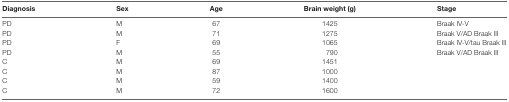
<table><thead><tr><td><b>Diagnosis</b></td><td><b>Sex</b></td><td><b>Age</b></td><td><b>Brain weight (g)</b></td><td><b>Stage</b></td></tr></thead><tbody><tr><td>PD</td><td>M</td><td>67</td><td>1425</td><td>Braak IV-V</td></tr><tr><td>PD</td><td>M</td><td>71</td><td>1275</td><td>Braak V/AD Braak III</td></tr><tr><td>PD</td><td>F</td><td>69</td><td>1065</td><td>Braak IV-V/tau Braak III</td></tr><tr><td>PD</td><td>M</td><td>55</td><td>790</td><td>Braak V/AD Braak III</td></tr><tr><td>C</td><td>M</td><td>69</td><td>1451</td><td></td></tr><tr><td>C</td><td>M</td><td>87</td><td>1000</td><td></td></tr><tr><td>C</td><td>M</td><td>59</td><td>1400</td><td></td></tr><tr><td>C</td><td>M</td><td>72</td><td>1600</td><td></td></tr></tbody></table>